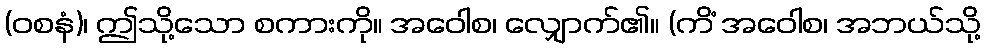
(ဝစနံ)၊ ဤသို့သော စကားကို။ အဝေါစ၊ လျှောက်၏။ (ကိံ အဝေါစ၊ အဘယ်သို့